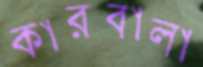
কারবালা